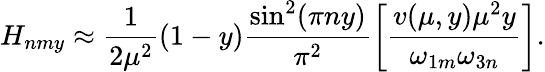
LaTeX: H_{nmy}\approx\frac{1}{2\mu^{2}}(1-y)\frac{\sin^{2}(\pi ny)}{\pi^{2}}\left[\frac{v(\mu,y)\mu^{2}y}{\omega_{1m}\omega_{3n}}\right].